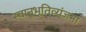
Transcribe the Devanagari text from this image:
स्वानुभूतिव्यंजना